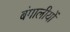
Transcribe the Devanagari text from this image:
बंगालीयों